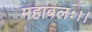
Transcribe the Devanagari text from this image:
महाबलः।।